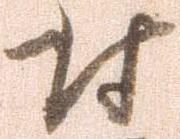
討